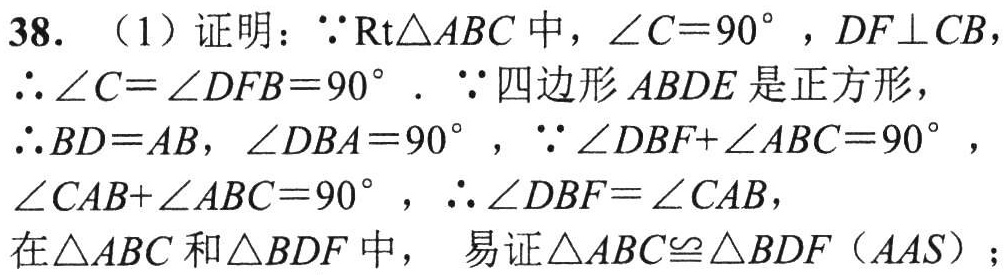
38. （1）证明：$\because \text{Rt}\triangle ABC$中，$\angle C = 90^{\circ}$，$DF\perp CB$，
$\therefore \angle C=\angle DFB = 90^{\circ}$. $\because$四边形$ABDE$是正方形，
$\therefore BD = AB$，$\angle DBA = 90^{\circ}$，$\because \angle DBF+\angle ABC = 90^{\circ}$，
$\angle CAB+\angle ABC = 90^{\circ}$，$\therefore \angle DBF=\angle CAB$，
在$\triangle ABC$和$\triangle BDF$中， 易证$\triangle ABC\cong\triangle BDF$（$AAS$）；